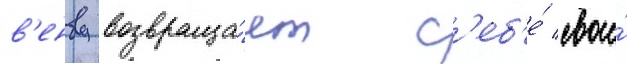
в'енву возвраща́ет с'еб'е́ свои́